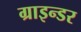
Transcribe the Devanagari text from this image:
ग्राइन्डर